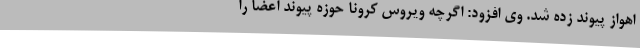
اهواز پیوند زده شد. وی افزود: اگرچه ویروس کرونا حوزه پیوند اعضا را